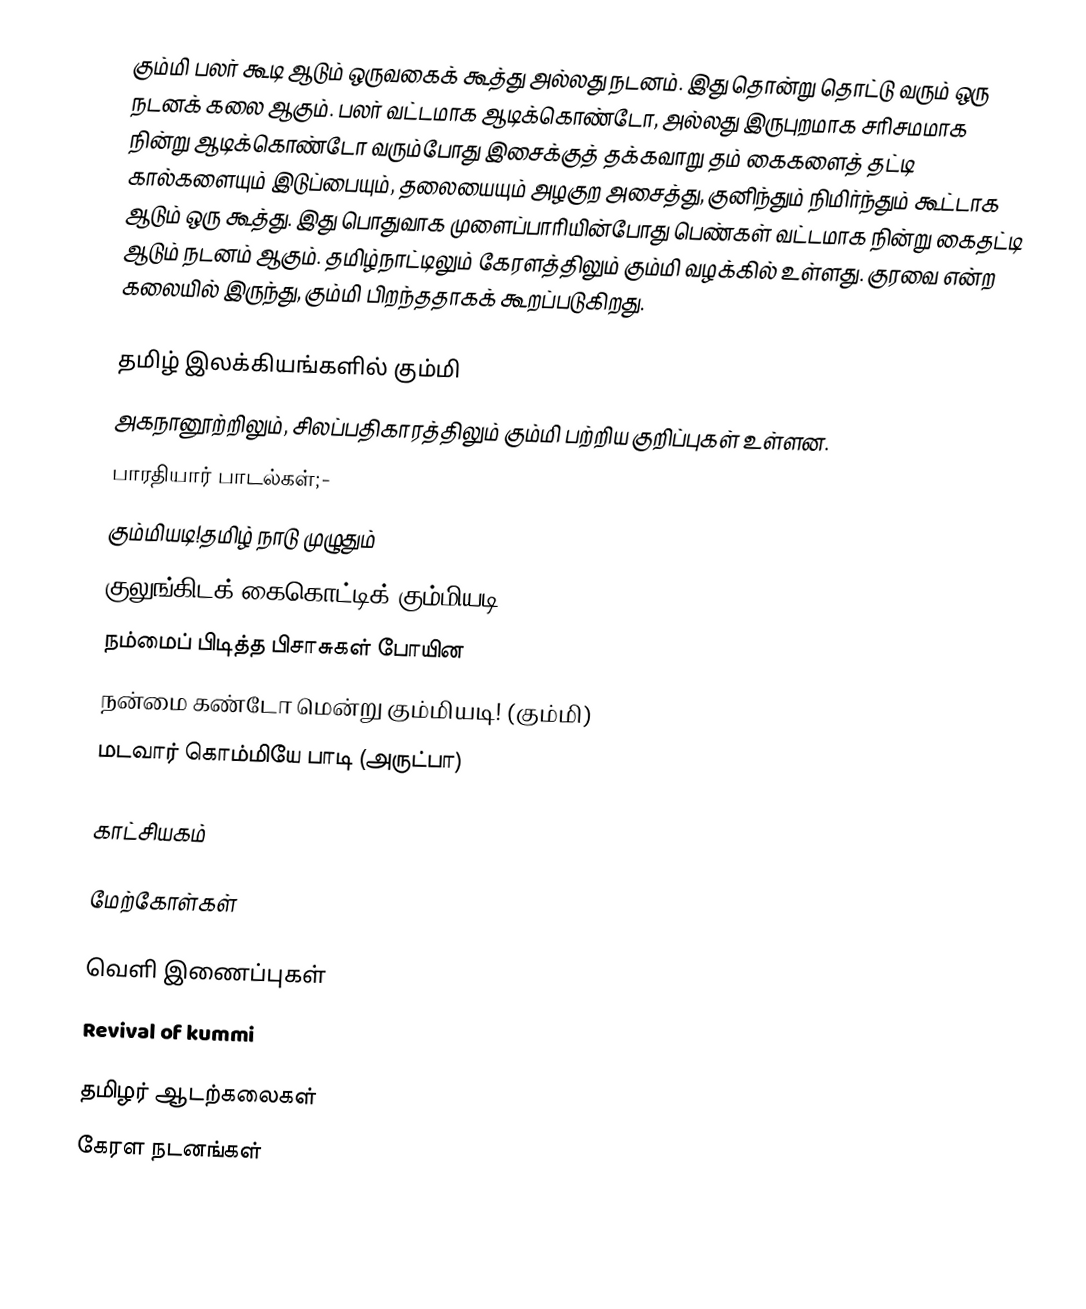
கும்மி பலர் கூடி ஆடும் ஒருவகைக் கூத்து அல்லது நடனம். இது தொன்று தொட்டு வரும் ஒரு நடனக் கலை ஆகும். பலர் வட்டமாக ஆடிக்கொண்டோ, அல்லது இருபுறமாக சரிசமமாக நின்று ஆடிக்கொண்டோ வரும்போது இசைக்குத் தக்கவாறு தம் கைகளைத் தட்டி கால்களையும் இடுப்பையும், தலையையும் அழகுற அசைத்து, குனிந்தும்  நிமிர்ந்தும் கூட்டாக ஆடும் ஒரு கூத்து. இது பொதுவாக முளைப்பாரியின்போது பெண்கள் வட்டமாக நின்று கைதட்டி ஆடும் நடனம் ஆகும். தமிழ்நாட்டிலும் கேரளத்திலும் கும்மி வழக்கில் உள்ளது. குரவை என்ற கலையில் இருந்து, கும்மி பிறந்ததாகக் கூறப்படுகிறது.

தமிழ் இலக்கியங்களில் கும்மி
அகநானூற்றிலும், சிலப்பதிகாரத்திலும் கும்மி பற்றிய குறிப்புகள் உள்ளன.
பாரதியார் பாடல்கள்;-
கும்மியடி!தமிழ் நாடு முழுதும்
குலுங்கிடக் கைகொட்டிக் கும்மியடி!
நம்மைப் பிடித்த பிசாசுகள் போயின
நன்மை கண்டோ மென்று கும்மியடி! (கும்மி)
மடவார் கொம்மியே பாடி (அருட்பா)

காட்சியகம்

மேற்கோள்கள்

வெளி இணைப்புகள்
 Revival of kummi

தமிழர் ஆடற்கலைகள்
கேரள நடனங்கள்